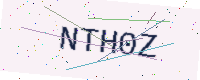
Text: NTH0Z